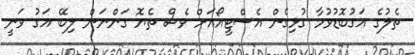
ތެލުގެ އަގުބޮޑުވުމާ ގުޅިގެން އެސްޓީއޯއަށް ވެސް ތެޔޮ ގަންނަން ލިބޭ އަގު ވަނީ